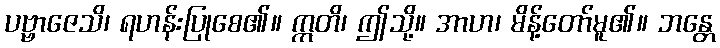
ပဗ္ဗာဇေသိ၊ ရဟန်းပြုစေ၏။ ဣတိ၊ ဤသို့။ အာဟ၊ မိန့်တော်မူ၏။ ဘန္တေ